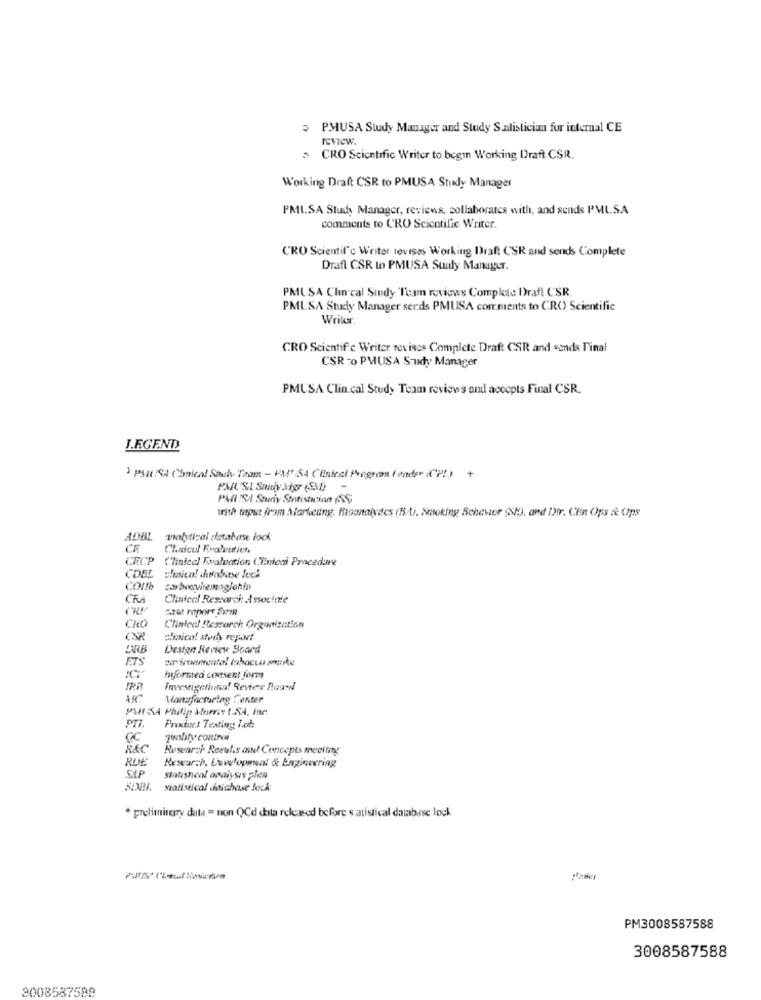
P.MUSA Study Manager and Study S.alistician for internal CE
review.
CRO Scientific Writer to begin Working Draft CSR.
Working Draft CSR to PMUSA Study Manager
PMI.SA Study Manager, reviews, collaborates with, and sends P'ML.SA
comments to CRO Scientific Writer.
CRO Scientil'c Writer revises Working Draft CSR and sends Complete
Draft CSR to PMUSA Study Manager.
PMUSA Chin'cal Study Team reviews Complete Draft CSR.
PML'SA Study Manager serds PMUSA comments to CR() Scientific
Writer.
CRO Scientific Writer revises Complete Draft CSR and ends Final
CSR -0 PMUSA Study Manager
PMUSA Clin.cal Study Team reviews and accepts Final CSR.
J.EGEND
3 PMUSA Conical Sich, Team - PM' (54 Clinical Program ( vader IC' ?! ) +
PARISA Stary Statistension ASS;
with birput from Marketing, Bloanaivacs (B/U. Smoking Schever St), and Dir. CEn Ops it Ups
ADBL
analytical database lock
CE
CECP ("linical Evaluation Clinicai Procedure
CONb
CKA
Clinical Research, Associnie
CRP
case report form
CRO
Clintedt Research Organization
CSR
alinico! stechy report
DRB
Design Review Board
ETS
hyformed consent form
Investigationa! Review Board
Manufactoring ".enter
MARISA Philip Morris t.S.A. Inr.
PTI.
Product Testing I.ob
QC
quality controi
REC
Research Reculis annet Concepts meeting
RUE
Rewar:h. Lewelopensal & Engineering
SAP
Statisheal apaiysis plen
523Bl. siotistical daichase lock
* preliminary data = non QCd data released before s atistical database lock
PM3008587588
3008587588
3008587588